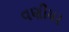
વણીયર